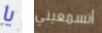
يا أتسمعيني